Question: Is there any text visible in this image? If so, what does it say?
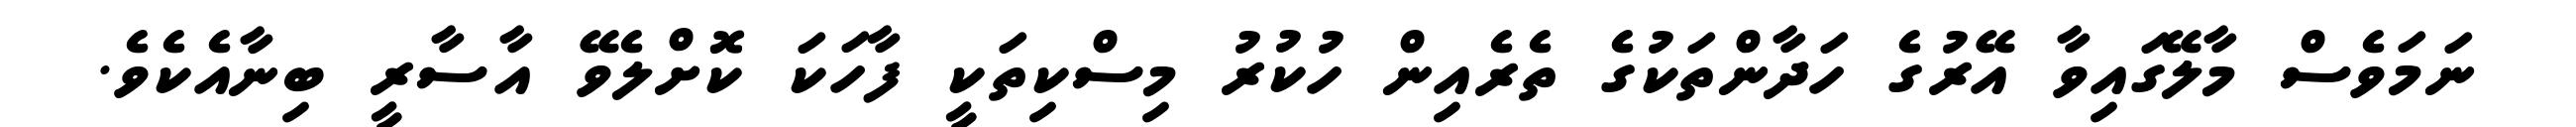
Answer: ނަމަވެސް މާލޭގައިވާ އޭރުގެ ހަދާންތަކުގެ ތެރެއިން ހުކުރު މިސްކިތަކީ ފާހަކަ ކޮށްލެވޭ އާސާރީ ބިނާއެކެވެ.